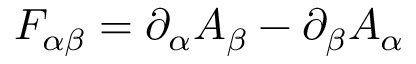
F _ { \alpha \beta } = \partial _ { \alpha } A _ { \beta } - \partial _ { \beta } A _ { \alpha }